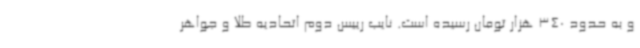
و به حدود 340 هزار تومان رسیده است. نایب رییس دوم اتحادیه طلا و جواهر